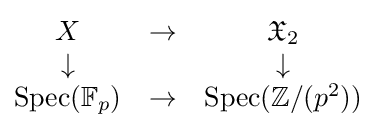
{\begin{matrix}X&\to &{\mathfrak {X}}_{2}\\\downarrow &&\downarrow \\\operatorname {Spec} (\mathbb {F} _{p})&\to &\operatorname {Spec} (\mathbb {Z} /(p^{2}))\end{matrix}}